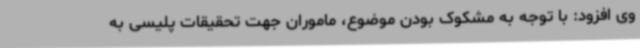
وی افزود: با توجه به مشکوک بودن موضوع، ماموران جهت تحقیقات پلیسی به